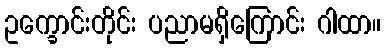
ဥက္ခောင်းတိုင်း ပညာမရှိကြောင်း ဂါထာ။